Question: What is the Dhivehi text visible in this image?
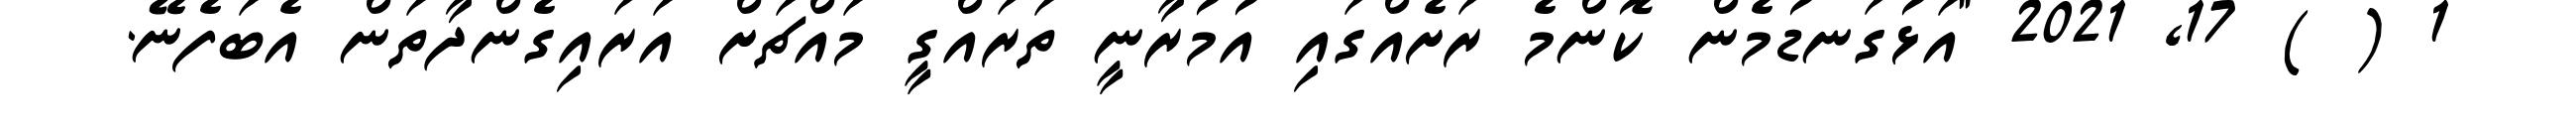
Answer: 1 ( ) 17, 2021 "އަޅުގަނޑުމެން ކޮންމެ ރަށެއްގައި އުމުރާނީ ތަރައްގީ މައްޗަށް އަރައިގެންދާތަން އެބަފެނޭ.